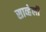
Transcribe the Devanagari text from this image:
साव्हेली